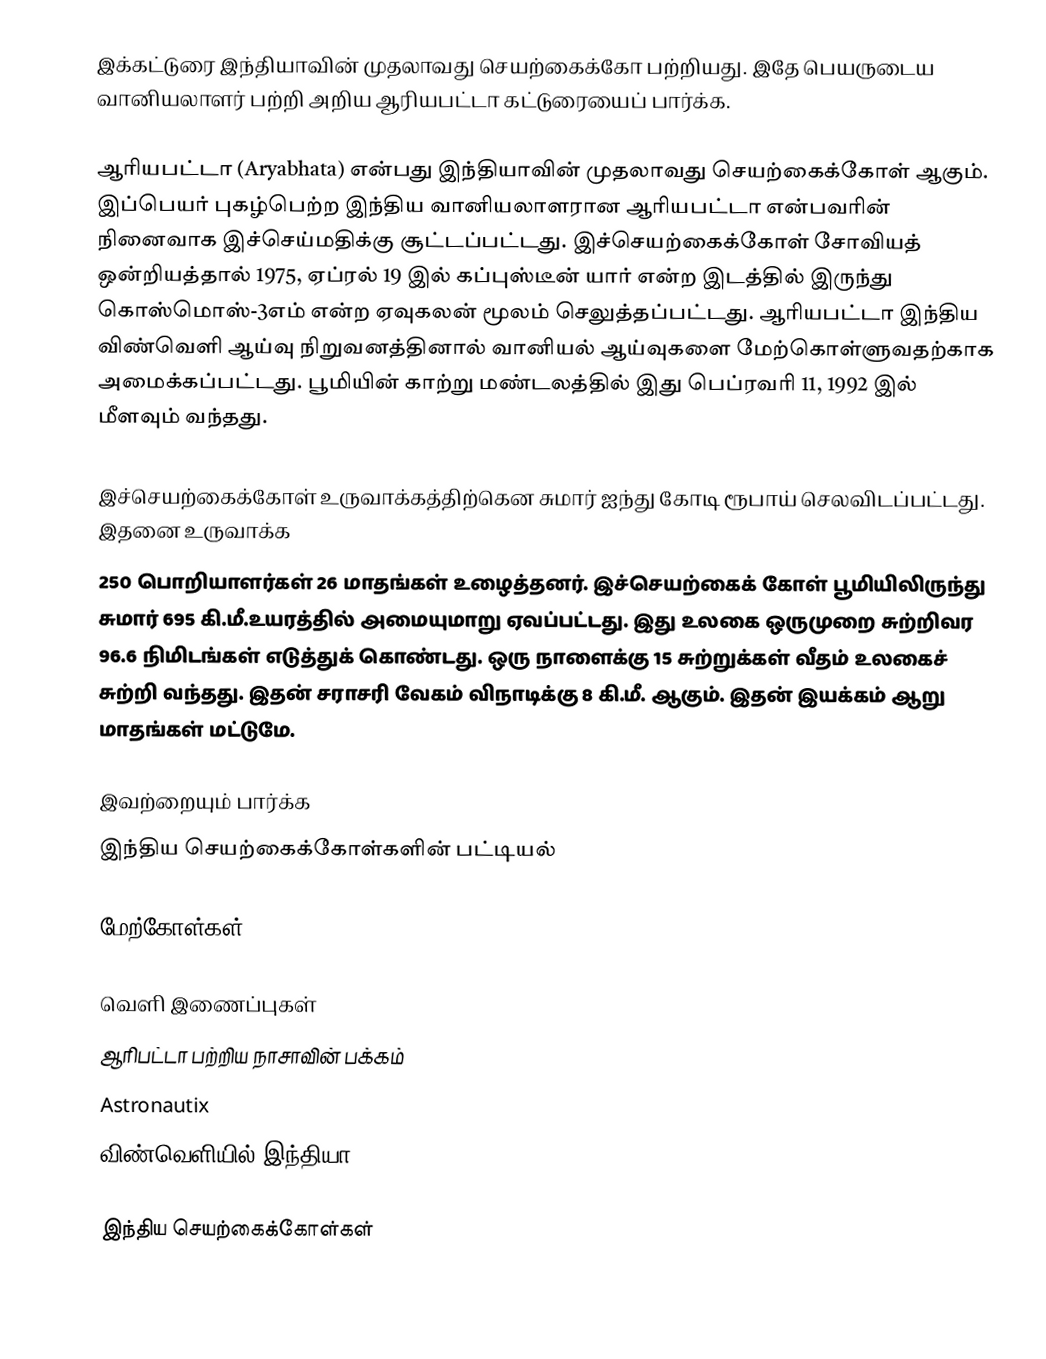
இக்கட்டுரை இந்தியாவின் முதலாவது செயற்கைக்கோ பற்றியது. இதே பெயருடைய வானியலாளர் பற்றி அறிய ஆரியபட்டா கட்டுரையைப் பார்க்க.

ஆரியபட்டா (Aryabhata) என்பது இந்தியாவின் முதலாவது செயற்கைக்கோள் ஆகும்.  இப்பெயர் புகழ்பெற்ற இந்திய வானியலாளரான ஆரியபட்டா என்பவரின் நினைவாக இச்செய்மதிக்கு சூட்டப்பட்டது. இச்செயற்கைக்கோள் சோவியத் ஒன்றியத்தால் 1975, ஏப்ரல் 19 இல் கப்புஸ்டீன் யார் என்ற இடத்தில் இருந்து கொஸ்மொஸ்-3எம் என்ற ஏவுகலன் மூலம் செலுத்தப்பட்டது. ஆரியபட்டா இந்திய விண்வெளி ஆய்வு நிறுவனத்தினால் வானியல் ஆய்வுகளை மேற்கொள்ளுவதற்காக அமைக்கப்பட்டது. பூமியின் காற்று மண்டலத்தில் இது பெப்ரவரி 11, 1992 இல் மீளவும் வந்தது.

இச்செயற்கைக்கோள் உருவாக்கத்திற்கென சுமார் ஐந்து கோடி ரூபாய் செலவிடப்பட்டது. இதனை உருவாக்க
250 பொறியாளர்கள் 26 மாதங்கள் உழைத்தனர். இச்செயற்கைக் கோள் பூமியிலிருந்து சுமார் 695 கி.மீ.உயரத்தில் அமையுமாறு ஏவப்பட்டது. இது உலகை ஒருமுறை சுற்றிவர 96.6 நிமிடங்கள் எடுத்துக் கொண்டது. ஒரு நாளைக்கு 15 சுற்றுக்கள் வீதம் உலகைச் சுற்றி வந்தது. இதன் சராசரி வேகம் விநாடிக்கு 8 கி.மீ. ஆகும். இதன் இயக்கம் ஆறு மாதங்கள் மட்டுமே.

இவற்றையும் பார்க்க
இந்திய செயற்கைக்கோள்களின் பட்டியல்

மேற்கோள்கள்

வெளி இணைப்புகள்
ஆரிபட்டா பற்றிய நாசாவின் பக்கம்
Astronautix
விண்வெளியில் இந்தியா

இந்திய செயற்கைக்கோள்கள்